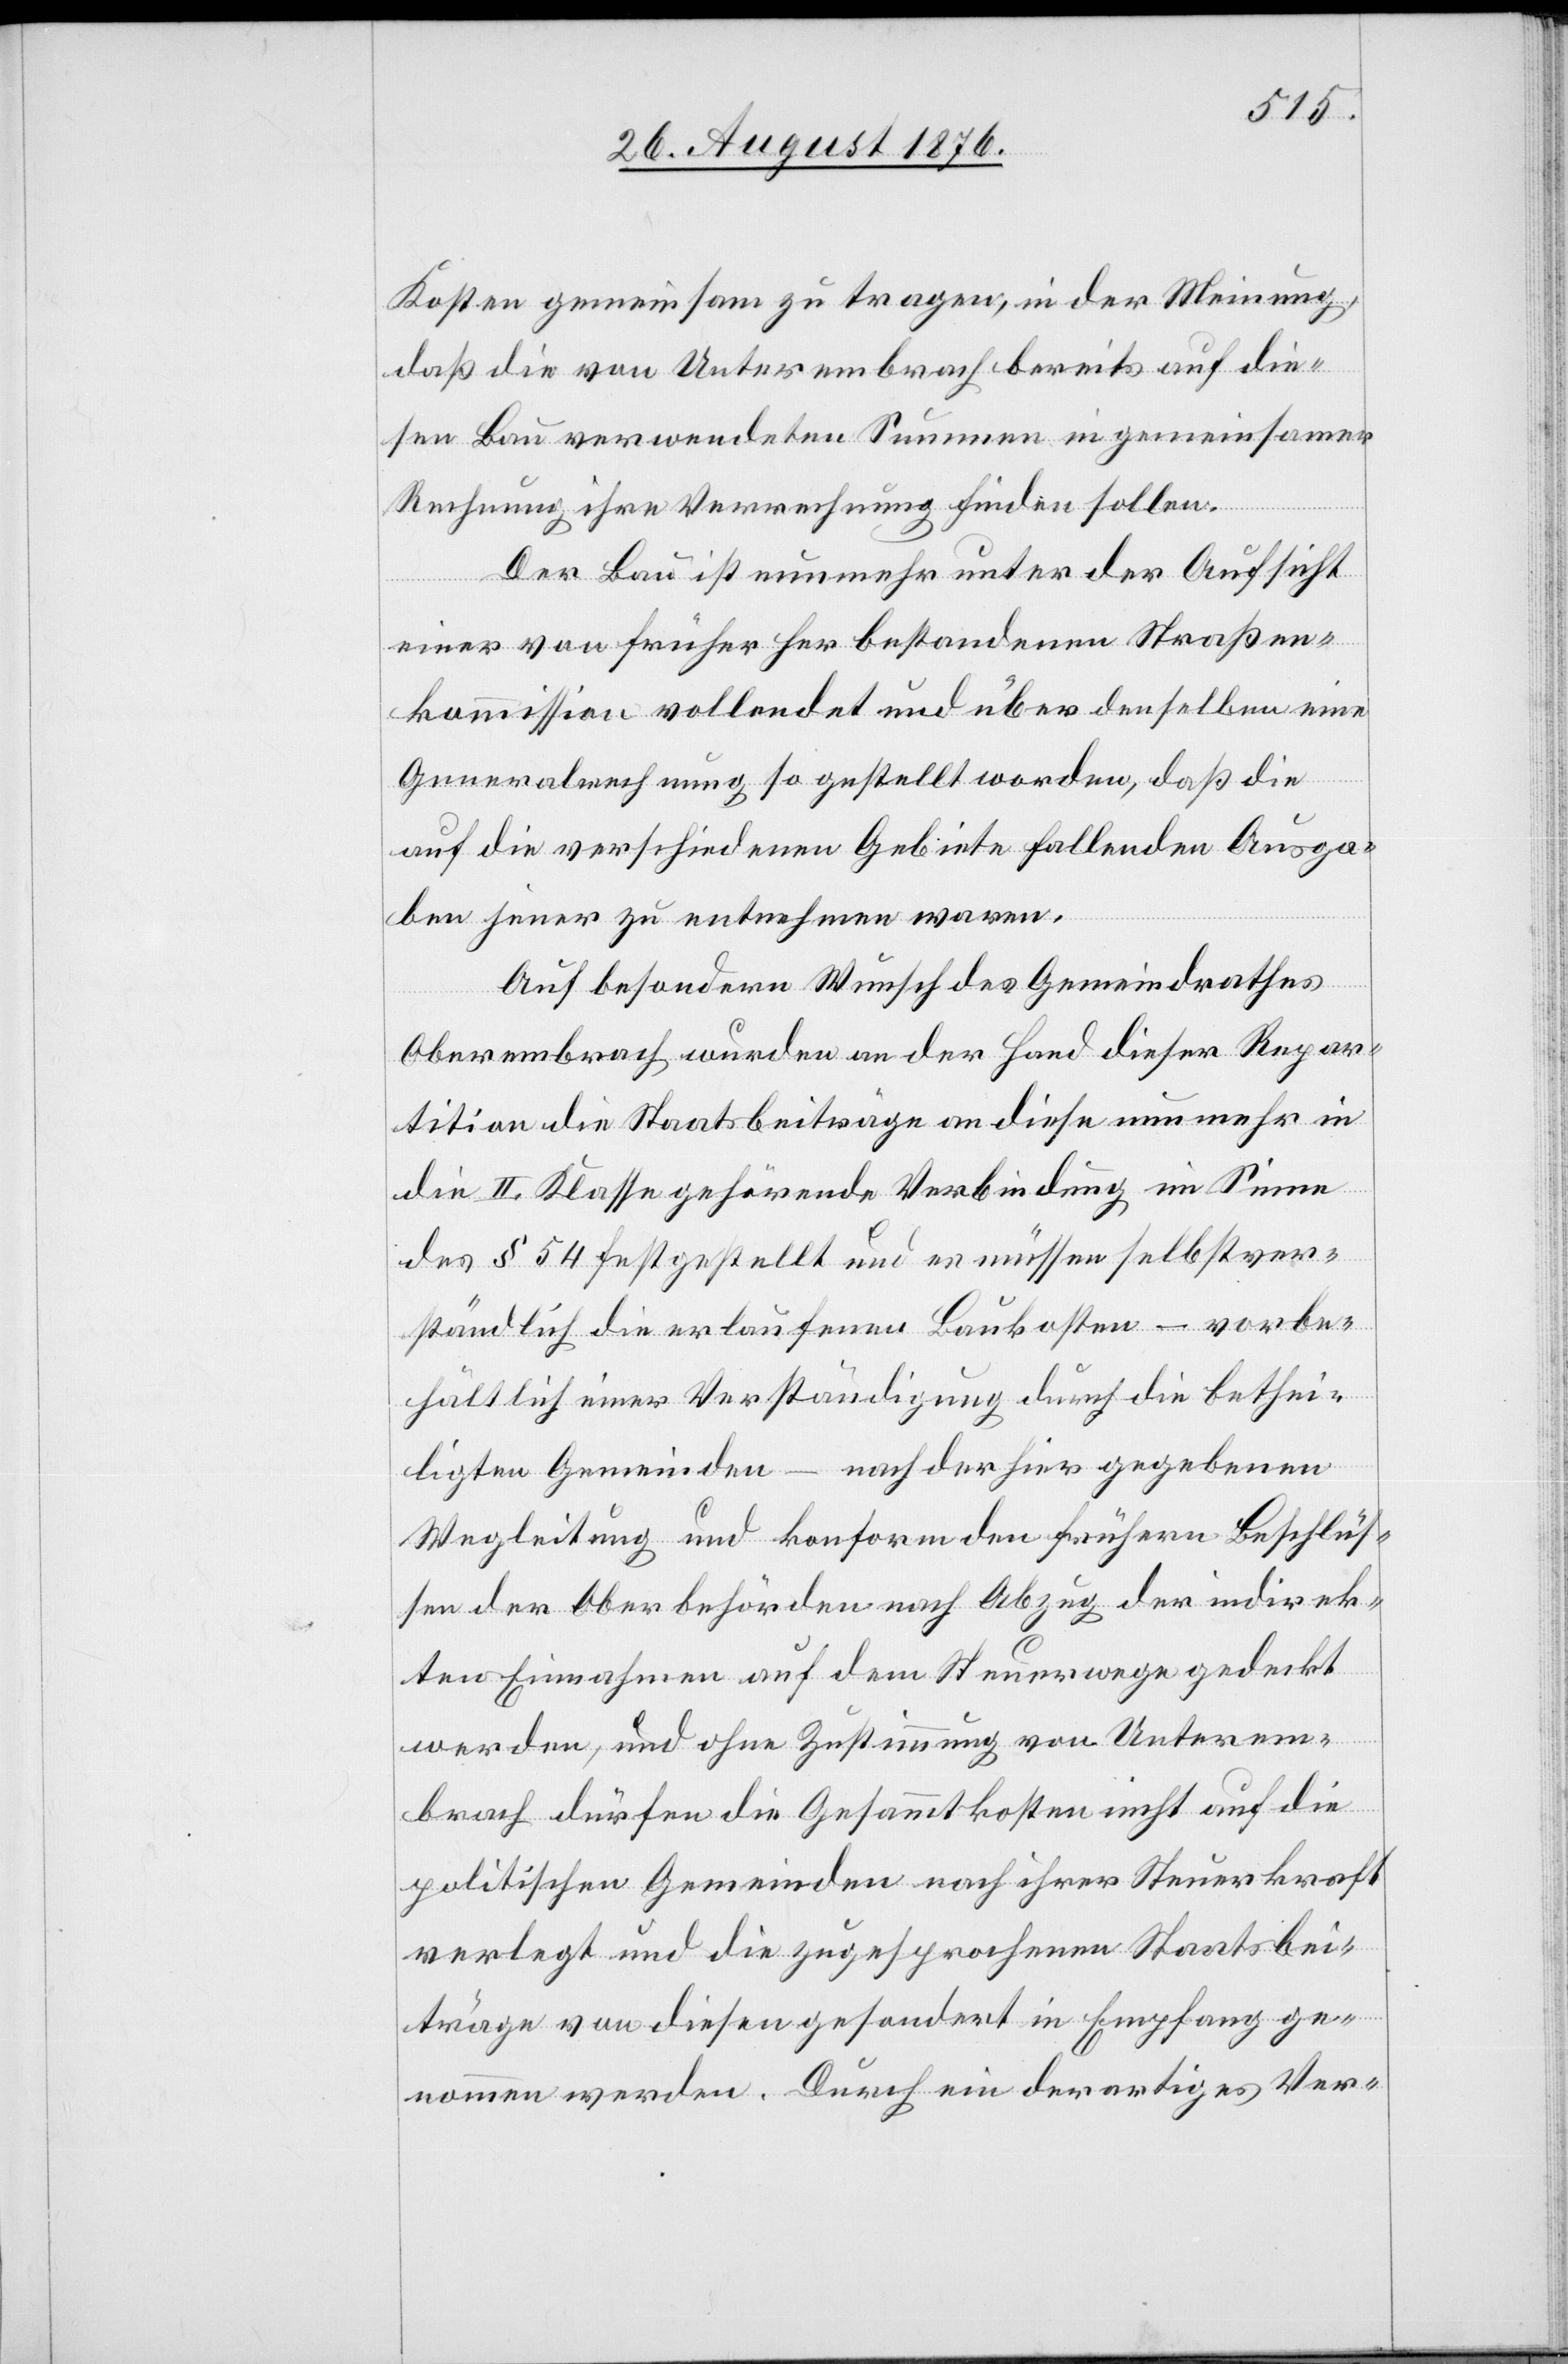
Kosten gemeinsam zu tragen, in der Meinung,
daß die von Unterembrach bereits auf die¬
sen Bau verwendeten Summen in gemeinsamer
Rechnung ihre Verrechnung finden sollen.
Der Bau ist nunmehr unter der Aufsicht
einer von früher her bestandenen Straßen¬
kommission vollendet und über denselben eine
Generalrechnung so gestellt worden, daß die
auf die verschiedenen Gebiete fallenden Ausga¬
ben jener zu entnehmen waren.
Auf besondern Wunsch des Gemeindrathes
Oberembrach wurden an der Hand dieser Repar¬
tition die Staatsbeiträge an diese nunmehr in
die II. Klasse gehörende Verbindung im Sinne
des § 54 festgestellt und es müssen selbstver¬
ständlich die erlaufenen Baukosten – vorbe¬
hältlich einer Verständigung durch die bethei¬
ligten Gemeinden – nach der hier gegebenen
Wegleitung und konform den frühern Beschlüs¬
sen der Oberbehörden nach Abzug der indirek¬
ten Einnahmen auf dem Steuerwege gedeckt
werden, und ohne Zustimmung von Unterem¬
brach dürfen die Gesammtkosten nicht auf die
politischen Gemeinden nach ihrer Steuerkraft
verlegt und die zugesprochenen Staatsbei¬
träge von diesen gesondert in Empfang ge¬
nommen werden. Durch ein derartiges Ver-